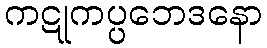
ကဋုကပ္ပဘေဒနော